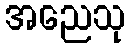
အညေသု